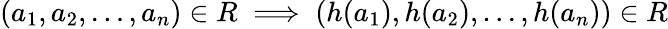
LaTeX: (a_{1},a_{2},\dots,a_{n})\in R\implies(h(a_{1}),h(a_{2}),\dots,h(a_{n}))\in R